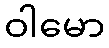
ဝါမော